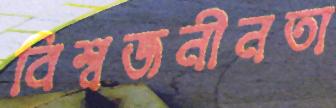
বিশ্বজনীনতা